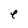
Character: e